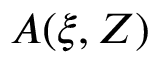
A ( \xi , Z )